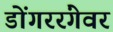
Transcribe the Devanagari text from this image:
डोंगररंगेवर